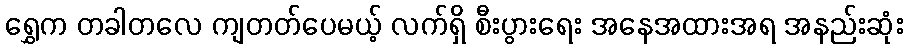
ရွှေက တခါတလေ ကျတတ်ပေမယ့် လက်ရှိ စီးပွားရေး အနေအထားအရ အနည်းဆုံး